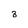
Character: 8